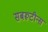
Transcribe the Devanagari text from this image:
सबरूटीन्स